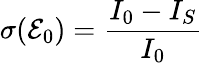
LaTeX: \sigma(\mathcal{E}_{0})=\frac{{I_{0}-I_{S}}}{{I_{0}}}